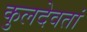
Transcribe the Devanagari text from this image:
कुलदेवतां